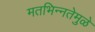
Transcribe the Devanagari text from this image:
मतभिन्नतेमुळे